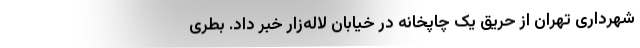
شهرداری تهران از حریق یک چاپخانه در خیابان لاله‌زار خبر داد. بطری